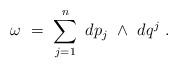
LaTeX: \begin{align*}\omega \ = \ \sum_{j=1}^n \ dp_j \ \wedge \ dq^j \ .\end{align*}